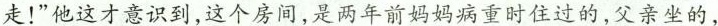
走!”他这才意识到,这个房间,是两年前妈妈病重时住过的,父亲坐的